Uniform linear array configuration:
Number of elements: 32
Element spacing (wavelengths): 0.5
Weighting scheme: cosine
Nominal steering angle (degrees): -15
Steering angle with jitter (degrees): -14.881
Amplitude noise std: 0.05
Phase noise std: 0.05

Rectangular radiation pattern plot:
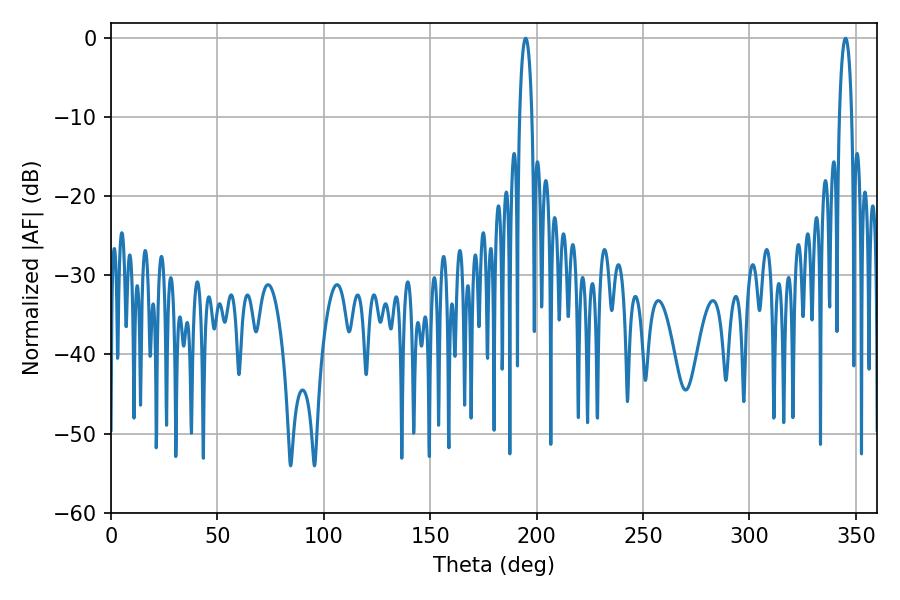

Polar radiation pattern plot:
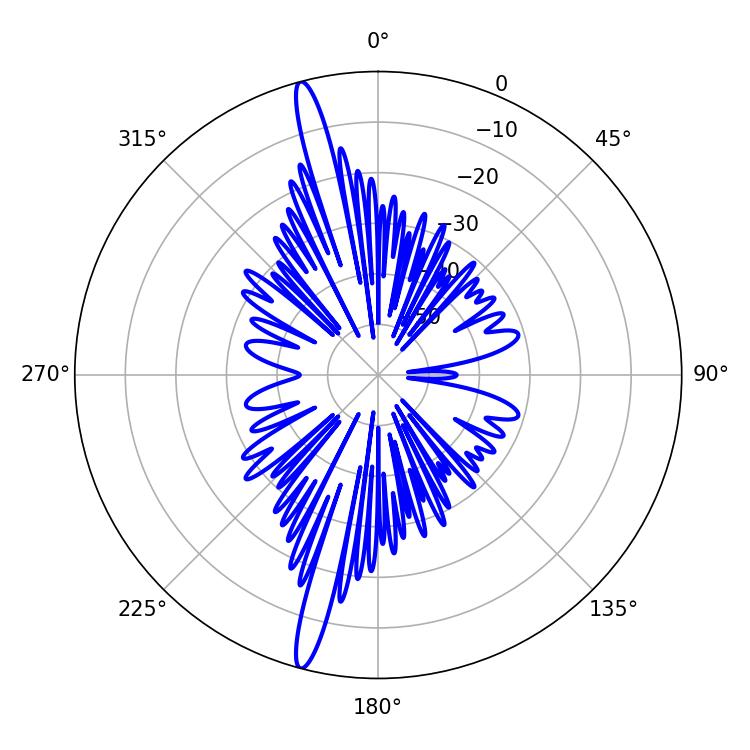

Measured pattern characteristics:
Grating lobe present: FALSE
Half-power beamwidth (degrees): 3.42
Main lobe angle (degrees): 194.76